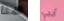
هنا آنجي